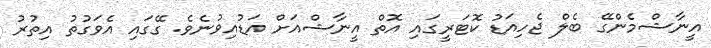
އީނާޝްމެންގޭ ބެލް ޖެހިއަޑު ކޮޓަރީގައި އޮތް އީނާޝްއަށް އަޑުއިވުނެވެ. ގޭގައި އެވަގުތު އިތުރު